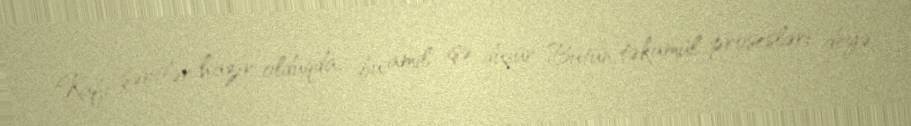
Kafi şərtlər hazır olduqda, bu amil işə düşür Bütün təkamül prosesləri deyə